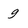
Character: g